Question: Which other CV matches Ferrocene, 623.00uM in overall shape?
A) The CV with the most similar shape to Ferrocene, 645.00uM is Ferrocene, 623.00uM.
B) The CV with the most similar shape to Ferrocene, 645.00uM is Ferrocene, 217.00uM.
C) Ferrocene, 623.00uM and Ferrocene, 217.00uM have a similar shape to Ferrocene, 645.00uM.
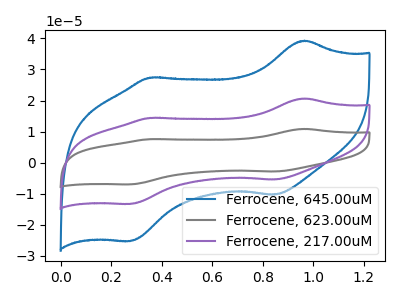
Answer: <think>The blue curve "Ferrocene, 645.00uM" has anodic peaks at (0.95V, 39.30uA) (0.35V, 27.40uA) and cathodic peaks at (0.85V, -10.30uA) (0.30V, -25.25uA). The gray curve "Ferrocene, 623.00uM" has anodic peaks at (0.95V, 41.30uA) (0.35V, 28.85uA) and cathodic peaks at (0.85V, -10.85uA) (0.30V, -26.55uA). The purple curve "Ferrocene, 217.00uM" has anodic peaks at (0.95V, 20.65uA) (0.35V, 14.40uA) and cathodic peaks at (0.85V, -5.40uA) (0.30V, -13.30uA).
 All the peaks in "Ferrocene, 645.00uM" have a peak in "Ferrocene, 623.00uM" at the same potential. Every peak in "Ferrocene, 645.00uM" is lower than every peak in "Ferrocene, 623.00uM". All the peaks in "Ferrocene, 645.00uM" have a peak in "Ferrocene, 217.00uM" at the same potential. Every peak in "Ferrocene, 645.00uM" is higher than every peak in "Ferrocene, 217.00uM". All the peaks in "Ferrocene, 623.00uM" have a peak in "Ferrocene, 217.00uM" at the same potential. Every peak in "Ferrocene, 623.00uM" is higher than every peak in "Ferrocene, 217.00uM".</think>
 <answer>C) "Ferrocene, 623.00uM" and "Ferrocene, 217.00uM" have a similar shape to "Ferrocene, 645.00uM".</answer>
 <eval>C</eval>